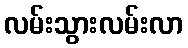
လမ်းသွားလမ်းလာ